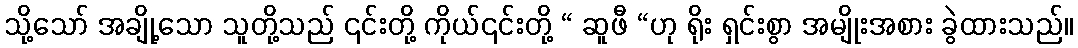
သို့သော် အချို့သော သူတို့သည် ၎င်းတို့ ကိုယ်၎င်းတို့ “ ဆူဖီ “ဟု ရိုး ရှင်းစွာ အမျိုးအစား ခွဲထားသည်။